Calcutta medical institutions reports 1879-81 [i.e.91]
Year: 1879
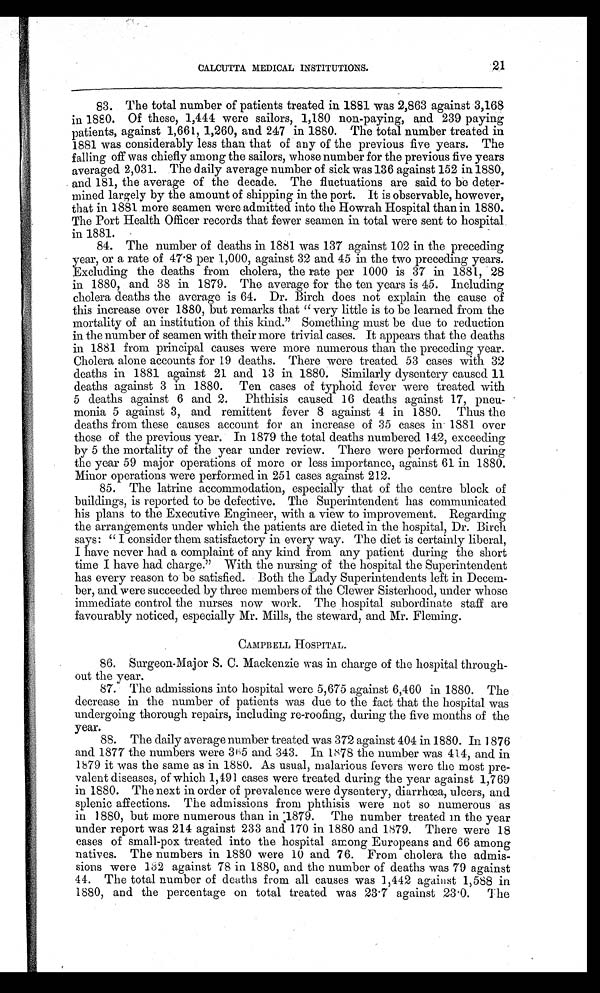
21
CALCUTTA MEDICAL INSTITUTIONS.
83. The total number of patients treated in 1881 was 2,863 against 3,168
in 1880. Of these, 1,444 were sailors, 1,180 non-paying, and 239 paying
patients, against 1,661, 1,260, and 247 in 1880. The total number treated in
1881 was considerably less than that of any of the previous five years. The
falling off was chiefly among the sailors, whose number for the previous five years
averaged 2,031. The daily average number of sick was 136 against 152 in 1880,
and 181, the average of the decade. The fluctuations are said to be deter
-
mined largely by the amount of shipping in the port. It is observable, however,
that in 1881 more seamen were admitted into the Howrah Hospital than in 1880.
The Port Health Officer records that fewer seamen in total were sent to hospital
in 1881.
84. The number of deaths in 1881 was 137 against 102 in the preceding
year, or a rate of 47.8 per 1,000, against 32 and 45 in the two preceding years.
Excluding the deaths from cholera, the rate per 1000 is 37 in 1881, 28
in 1880, and 38 in 1879. The average for the ten years is 45. Including
cholera deaths the average is 64. Dr. Birch does not explain the cause of
this increase over 1880, but remarks that " very little is to be learned from the
mortality of an institution of this kind." Something must be due to reduction
in the number of seamen with their more trivial cases. It appears that the deaths
in 1881 from principal causes were more numerous than the preceding year.
Cholera alone accounts for 19 deaths. There were treated 53 cases with 32
deaths in 1881 against 21 and 13 in 1880. Similarly dysentery caused 11
deaths against 3 in 1880. Ten cases of typhoid fever were treated with
5 deaths against 6 and 2. Phthisis caused 16 deaths against 17, pne
u -
monia 5 against 3, and remittent fever 8 against 4 in 1880. Thus the
deaths from these causes account for an increase of 35 cases in 1881 over
those of the previous year. In 1879 the total deaths numbered 142, exceeding
by 5 the mortality of the year under review. There were performed during
the year 59 major operations of more or less importance, against 61 in 1880.
Minor operations were performed in 251 cases against 212.
85. The latrine accommodation, especially that of the centre block of
buildings, is reported to be defective. The Superintendent has communicated
his plans to the Executive Engineer, with a view to improvement. Regarding
the arrangements under which the patients are dieted in the hospital, Dr. Birch
says: " I consider them satisfactory in every way. The diet is certainly liberal,
I have never had a complaint of any kind from any patient during the short
time I have had charge." With the nursing of the hospital the Superintendent
has every reason to be satisfied. Both the Lady Superintendents left in Decem
-
ber, and were succeeded by three members of the Clewer Sisterhood, under whose
immediate control the nurses now work. The hospital subordinate staff are
favourably noticed, especially Mr. Mills, the steward, and Mr. Fleming.
CAMPBELL HOSPITAL.
86. Surgeon-Major S. C. Mackenzie was in charge of the hospital through
-
out the year.
87. The admissions into hospital were 5,675 against 6,460 in 1880. The
decrease in the number of patients was due to the fact that the hospital was
undergoing thorough repairs, including re-roofing, during the five months of the
year.
88. The daily average number treated was 372 against 404 in 1880. In 1876
and 1877 the numbers were 365 and 343. In 1878 the number was 414, and in
1879 it was the same as in 1880. As usual, malarious fevers were the most pre
-
valent diseases, of which 1,491 cases were treated during the year against 1,769
in 1880. The next in order of prevalence were dysentery, diarrhœa, ulcers, and
splenic affections. The admissions from phthisis were not so numerous as
in 1880, but more numerous than in 1879. The number treated in the year
under report was 214 against 233 and 170 in 1880 and 1879. There were 18
cases of small-pox treated into the hospital among Europeans and 66 among
natives. The numbers in 1880 were 10 and 76. From cholera the admis
-
sions were 132 against 78 in 1880, and the number of deaths was 79 against
44. The total number of deaths from all causes was 1,442 against 1,588 in
1880, and the percentage on total treated was 23.7 against 23.0. The